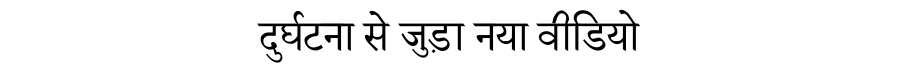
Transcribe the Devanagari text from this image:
दुर्घटना से जुड़ा नया वीडियो